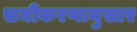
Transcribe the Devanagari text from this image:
समीकरणानुसार